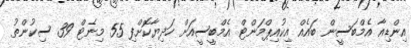
އިންޑިއާ އެމްބަސީން ބައެއް އިކުއިޕްމަންޓް އެމްބީސީއަށް ހަދިޔާކޮށްފި 55 މިނެޓް 39 ސިކުންތު